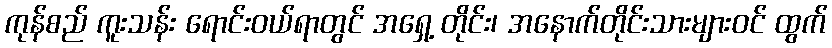
ကုန်စည် ကူးသန်း ရောင်းဝယ်ရာတွင် အရှေ့ တိုင်း၊ အနောက်တိုင်းသားများဝင် ထွက်